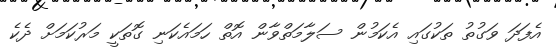
އެފަދަ ވަގުތު ތަކުގައި އެކަމުން ސަލާމަތްވާން އޮތް ހަމައެކަނި ގޮތަކީ މަރުކަމަށް ދެކެ